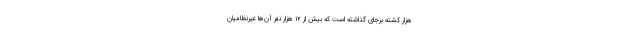
هزار کشته برجای گذاشته است که بیش از ۱۲ هزار نفر آن‌ها غیرنظامیان